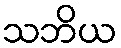
သဘိယ